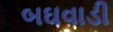
બઘવાડી